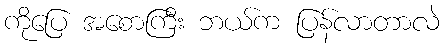
ကိုပြေ အစောကြီး ဘယ်က ပြန်လာတာလဲ